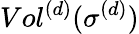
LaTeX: Vol^{(d)}(\sigma^{(d)})